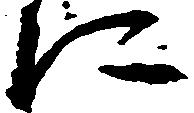
に